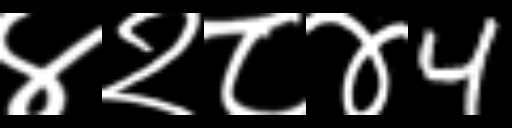
Text: ४२८४4